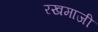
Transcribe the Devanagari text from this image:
रखमाजी